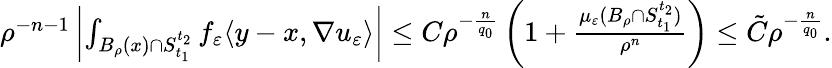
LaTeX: \begin{array}{r}{\rho^{-n-1}\left|\int_{B_{\rho}(x)\cap S_{t_{1}}^{t_{2}}}f_{\varepsilon}\langle y-x,\nabla u_{\varepsilon}\rangle\right|\leq C\rho^{-\frac{n}{q_{0}}}\left(1+\frac{\mu_{\varepsilon}(B_{\rho}\cap S_{t_{1}}^{t_{2}})}{\rho^{n}}\right)\leq\tilde{C}\rho^{-\frac{n}{q_{0}}}.}\end{array}